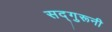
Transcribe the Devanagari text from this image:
सद्गुरूनी